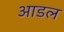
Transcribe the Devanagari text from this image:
आडल